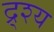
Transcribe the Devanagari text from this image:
द्र्श्य